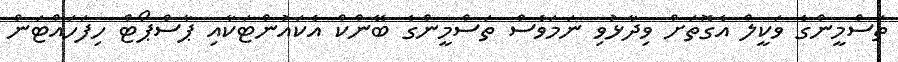
ތަސްމީންގެ ވަކީލް އެގޮތަށް ވިދާޅުވި ނަމަވެސް ތަސްމީންގެ ބޭންކް އެކައުންޓަކާއި ޕާސްޕޯޓް ހިފަހައްޓަން